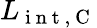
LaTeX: L_{\mathrm{~i~n~t~,~C~}}